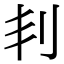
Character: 𠛉